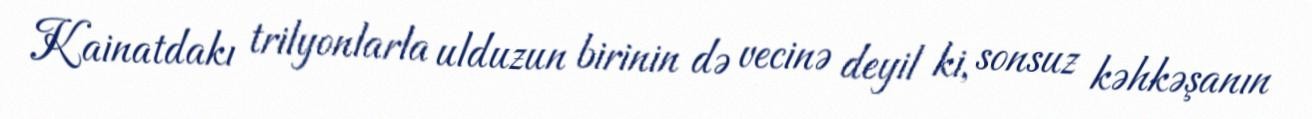
Kainatdakı trilyonlarla ulduzun birinin də vecinə deyil ki, sonsuz kəhkəşanın